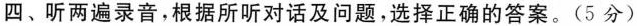
四、听两遍录音,根据所听对话及问题,选择正确的答案.(5 分)